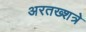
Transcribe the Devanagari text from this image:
अरतख्शत्रे